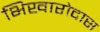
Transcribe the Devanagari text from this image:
भिखारोदास